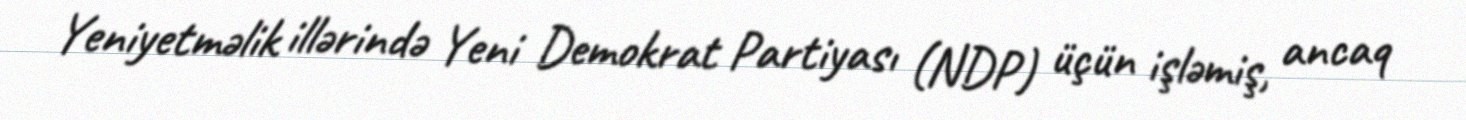
Yeniyetməlik illərində Yeni Demokrat Partiyası (NDP) üçün işləmiş, ancaq